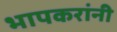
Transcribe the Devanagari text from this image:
भापकरांनी